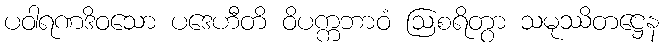
ပဝါရဏဒိဝသော ပဒေဟီတိ ဝိပက္ကဘာဝံ ဩစရိတွာ သမုဿိတဋ္ဌေန